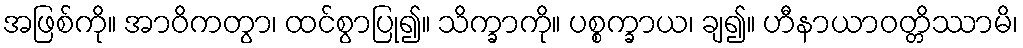
အဖြစ်ကို။ အာဝိကတွာ၊ ထင်စွာပြု၍။ သိက္ခာကို။ ပစ္စက္ခာယ၊ ချ၍။ ဟီနာယာဝတ္တိဿာမိ၊